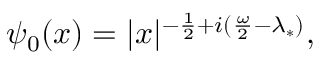
\psi _ { 0 } ( x ) = | x | ^ { - \frac { 1 } { 2 } + i ( \frac { \omega } { 2 } - \lambda _ { * } ) } ,